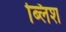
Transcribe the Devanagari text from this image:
ब्लिश